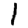
Digit: 1